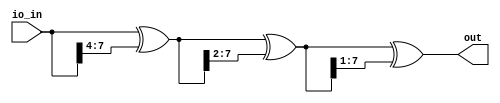
// This program was cloned from: https://github.com/TinyTapeout/tinytapeout-mpw7
// License: Apache License 2.0

module user_module_341617722294010450(
  input wire [7:0] io_in,
  output wire [7:0] out
);
  wire [7:0] io_in__1;
  wire [7:0] io_in__2;
  wire [7:0] io_in__3;
  assign io_in__1 = io_in ^ {4'h0, io_in[7:4]};
  assign io_in__2 = io_in__1 ^ {2'h0, io_in__1[7:2]};
  assign io_in__3 = io_in__2 ^ {1'h0, io_in__2[7:1]};
  assign out = io_in__3;
endmodule